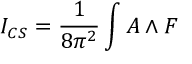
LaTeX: I _ { C S } = \frac { 1 } { 8 \pi ^ { 2 } } \int A \wedge F